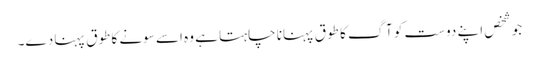
جو شخص اپنے دوست کو آگ کا طوق پہنانا چاہتا ہے وہ اسے سونے کا طوق پہنا دے۔